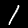
Label: 1